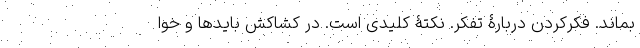
بماند. فکرکردن دربارۀ تفکر. نکتۀ کلیدی است. در کشاکش بایدها و خوا